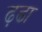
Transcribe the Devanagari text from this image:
ढ़ूढा